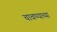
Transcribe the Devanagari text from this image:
चावण्याच्या